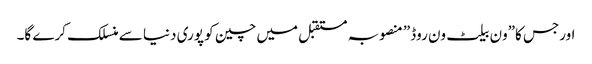
اورجس کا”ون بیلٹ ون روڈ” منصوبہ مستقبل میں چین کو پوری دنیا سے منسلک کرے گا۔